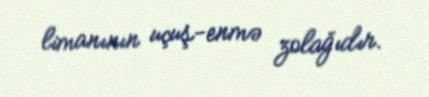
limanının uçuş-enmə zolağıdır.